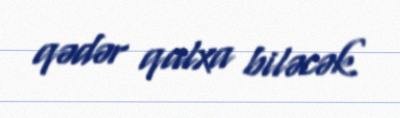
qədər qalxa biləcək.